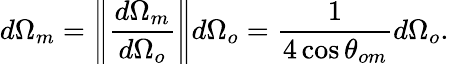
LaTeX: d\Omega_{m}=\left\| \frac{d\Omega_{m}}{d\Omega_{o}}\right\| d\Omega_{o}=\frac{1}{4\cos\theta_{om}}d\Omega_{o}.